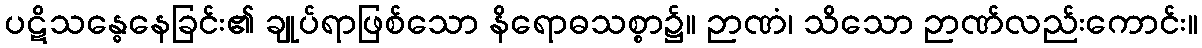
ပဋိသန္ဓေနေခြင်း၏ ချုပ်ရာဖြစ်သော နိရောဓသစ္စာ၌။ ဉာဏံ၊ သိသော ဉာဏ်လည်းကောင်း။